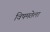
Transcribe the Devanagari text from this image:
विषमतेला